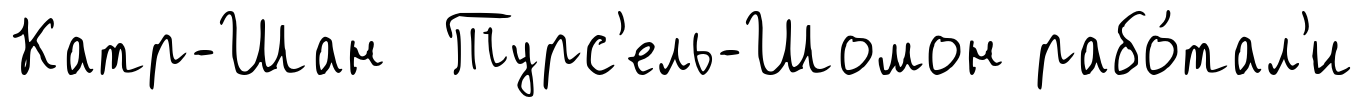
Катр-Шан Турс'ель-Шомон рабо́тал'и